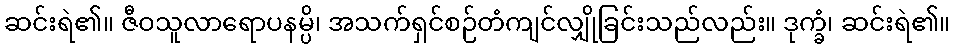
ဆင်းရဲ၏။ ဇီဝသူလာရောပနမ္ပိ၊ အသက်ရှင်စဉ်တံကျင်လျှိုခြင်းသည်လည်း။ ဒုက္ခံ၊ ဆင်းရဲ၏။